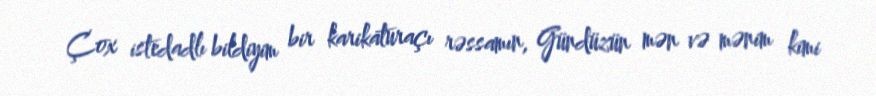
Çox istedadlı bildiyim bir karikaturaçı rəssamın, Gündüzün mən və mənim kimi